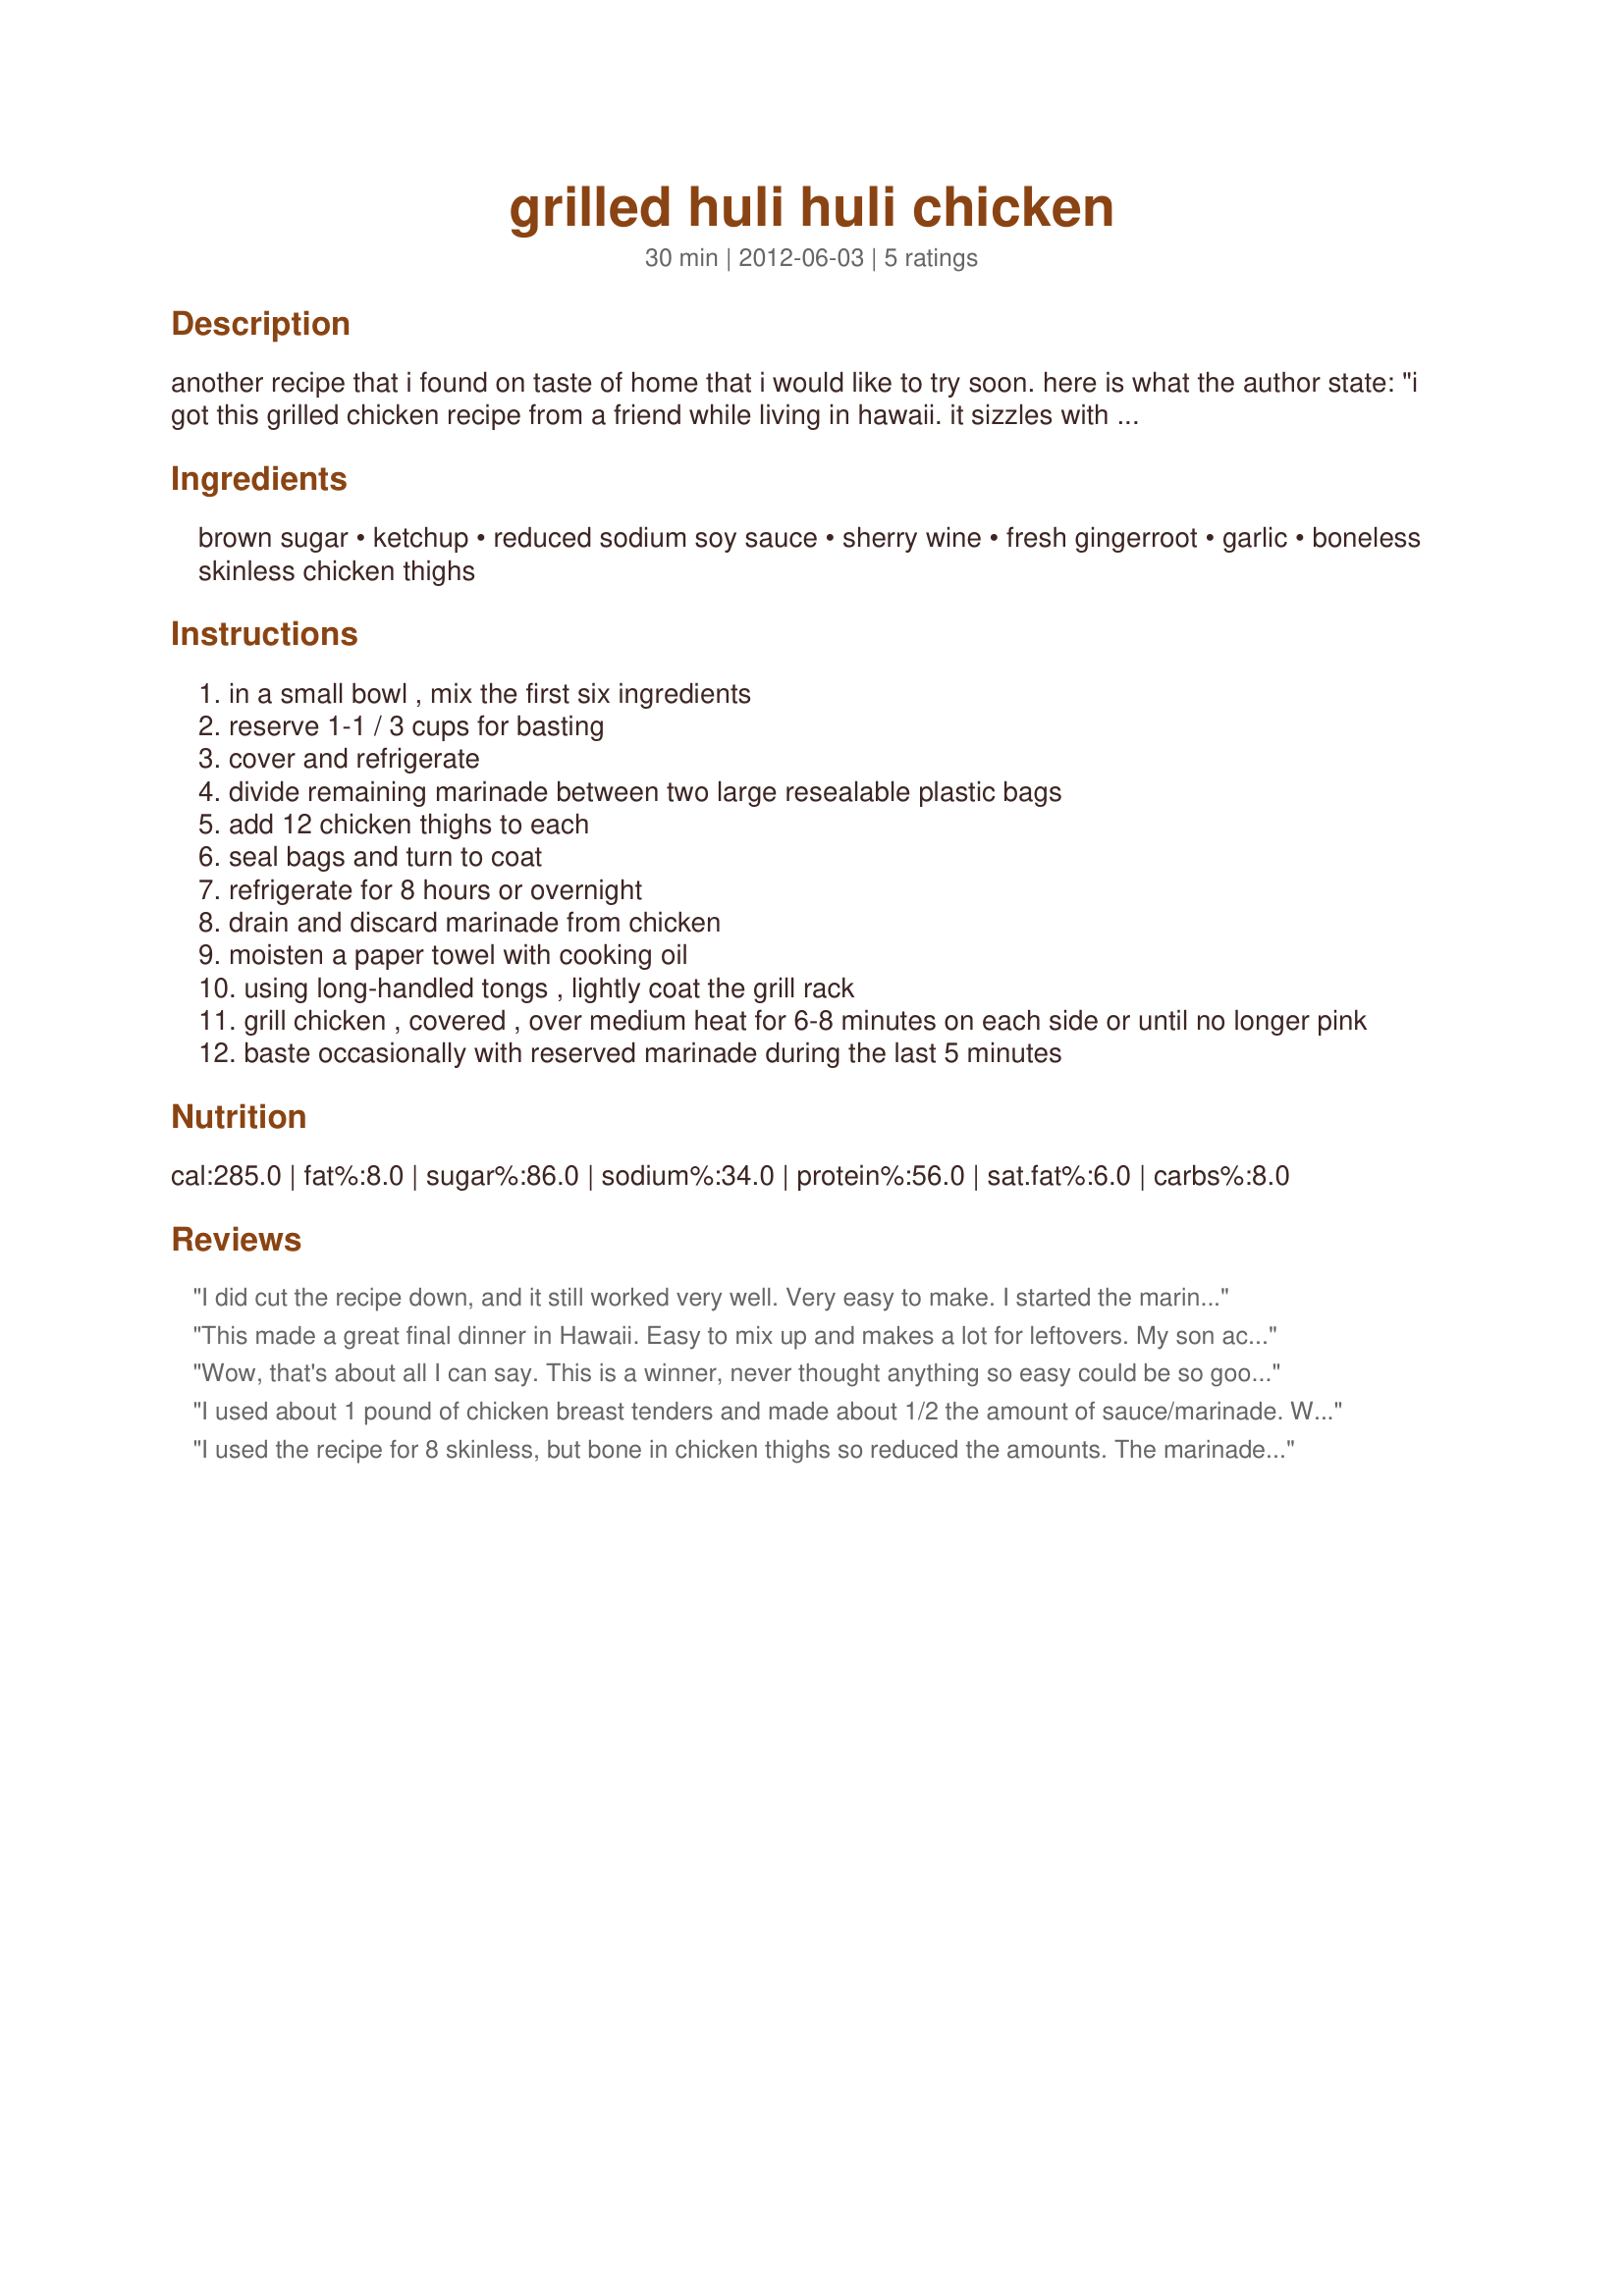
grilled huli huli chicken
Preparation time: 30 minutes

another recipe that i found on taste of home that i would like to try soon. here is what the author state: "i got this grilled chicken recipe from a friend while living in hawaii. it sizzles with the flavors of brown sugar, ginger and soy sauce. huli mean "turn" in hawaiian. —sharon boling, coronado, california." this serves a lot, so feel free to scale it back if needed.

Ingredients:
brown sugar, ketchup, reduced sodium soy sauce, sherry wine, fresh gingerroot, garlic, boneless skinless chicken thighs

Steps:
in a small bowl , mix the first six ingredients
reserve 1-1 / 3 cups for basting
cover and refrigerate
divide remaining marinade between two large resealable plastic bags
add 12 chicken thighs to each
seal bags and turn to coat
refrigerate for 8 hours or overnight
drain and discard marinade from chicken
moisten a paper towel with cooking oil
using long-handled tongs , lightly coat the grill rack
grill chicken , covered , over medium heat for 6-8 minutes on each side or until no longer pink
baste occasionally with reserved marinade during the last 5 minutes

Reviews:
I did cut the recipe down, and it still worked very well. Very easy to make. I started the marinade in the morning, and by dinnertime I was ready to grill! Thanks for sharing! Made for Newest Tag Game.
This made a great final dinner in Hawaii. Easy to mix up and makes a lot for leftovers. My son actually put leftovers for his lunch tomorrow.
Wow, that's about all I can say. This is a winner, never thought anything so easy could be so good. Pretty much followed the recipe except was out of ketchup (can you believe that) so subbed barbecue sauce, so good, that sweet, tangy taste that we all love and was not hardly a bone left when all was done.
I used about 1 pound of chicken breast tenders and made about 1/2 the amount of sauce/marinade. We really loved this chicken! 1 minute each side at high heat, then 2 min each side with a lower flame. (gas grill) Perfectly done - meat was flavorful and not dry. Thanks, Diner! Made for SWT2018
I used the recipe for 8 skinless, but bone in chicken thighs so reduced the amounts. The marinade was extra easy to make, uses pantry staples, and adds a delicious touch of Asia to the chicken. What else does one need? I served it with a repeat of your Crazy Rice (recipe #456438) and sliced cantaloupe. It made for a terrific & easy meal! Thanks diner!
